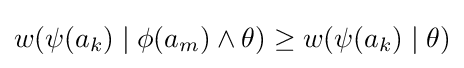
w(\psi (a_{k})\mid \phi (a_{m})\wedge \theta )\geq w(\psi (a_{k})\mid \theta )